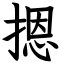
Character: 摁